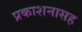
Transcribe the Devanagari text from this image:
प्रकाशनासह